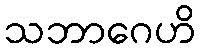
သဘာဂေဟိ